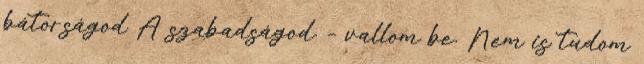
bátorságod A szabadságod. – vallom be. Nem is tudom